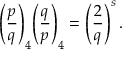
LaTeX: { \Bigg ( } { \frac { p } { q } } { \Bigg ) } _ { 4 } { \Bigg ( } { \frac { q } { p } } { \Bigg ) } _ { 4 } = \left( { \frac { 2 } { q } } \right) ^ { s } .